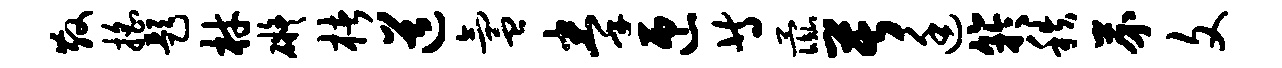
散摇题材碍楮道氲拳匝等彘苦廷竽秩芥文